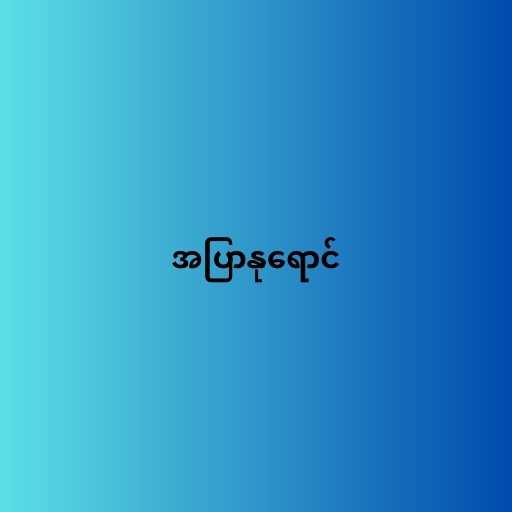
အပြာနုရောင်